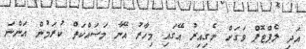
އަދި ލެޕްޓޮޕް ވަަގަށް ނެގިއިރު އޭގައި މިހާރު އޭނާ މަސައްކަތް ކުރަމުން އަންނަ